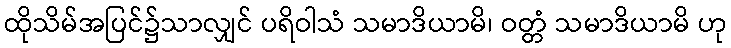
ထိုသိမ်အပြင်၌သာလျှင် ပရိဝါသံ သမာဒိယာမိ၊ ဝတ္တံ သမာဒိယာမိ ဟု